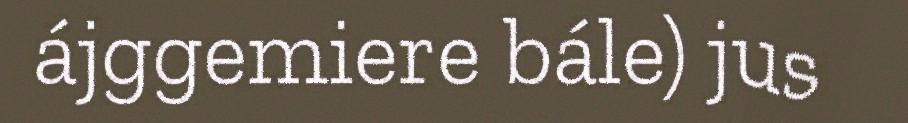
ájggemiere bále) jus